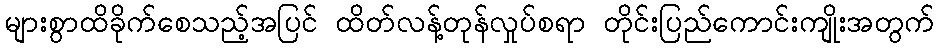
များစွာထိခိုက်စေသည့်အပြင် ထိတ်လန့်တုန်လှုပ်စရာ တိုင်းပြည်ကောင်းကျိုးအတွက်